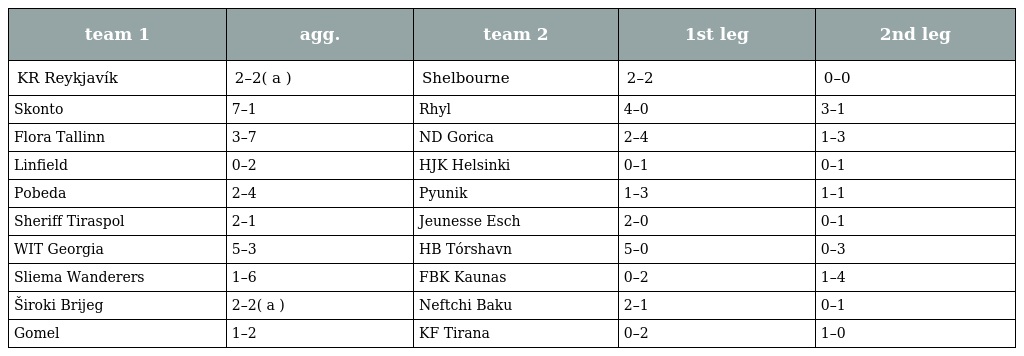
| team 1 | agg. | team 2 | 1st leg | 2nd leg |
 | --- | --- | --- | --- | --- |
 | KR Reykjavík | 2–2( a ) | Shelbourne | 2–2 | 0–0 |
 | Skonto | 7–1 | Rhyl | 4–0 | 3–1 |
 | Flora Tallinn | 3–7 | ND Gorica | 2–4 | 1–3 |
 | Linfield | 0–2 | HJK Helsinki | 0–1 | 0–1 |
 | Pobeda | 2–4 | Pyunik | 1–3 | 1–1 |
 | Sheriff Tiraspol | 2–1 | Jeunesse Esch | 2–0 | 0–1 |
 | WIT Georgia | 5–3 | HB Tórshavn | 5–0 | 0–3 |
 | Sliema Wanderers | 1–6 | FBK Kaunas | 0–2 | 1–4 |
 | Široki Brijeg | 2–2( a ) | Neftchi Baku | 2–1 | 0–1 |
 | Gomel | 1–2 | KF Tirana | 0–2 | 1–0 |